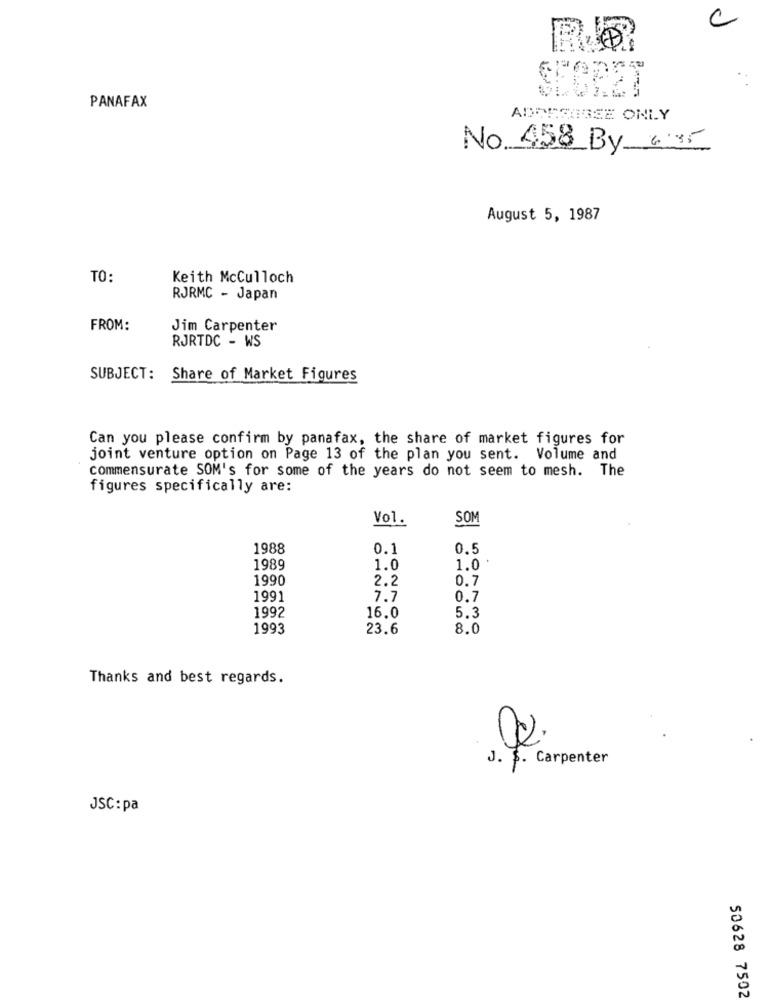
C
PANAFAX
ADDIGAREE ONLY
No 458 By a35
August 5, 1987
TO:
Keith McCulloch
RJRMC - Japan
FROM:
Jim Carpenter
RJRTDC - WS
SUBJECT: Share of Market Figures
Can you please confirm by panafax, the share of market figures for
joint venture option on Page 13 of the plan you sent. Volume and
commensurate SOM's for some of the years do not seem to mesh. The
figures specifically are:
Vol.
SOM
1988
0.1
0,5
1989
1.0
1.0
1990
2.2
0.7
1991
7.7
0.7
5.3
1992
16.0
1993
23.6
8.0
Thanks and best regards.
J. $. Carpenter
JSC: pa
50628 7502